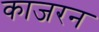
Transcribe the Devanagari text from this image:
काजरन